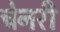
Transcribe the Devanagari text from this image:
चेनरी